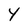
Character: Y